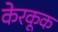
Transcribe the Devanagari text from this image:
केरकूक